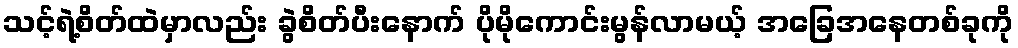
သင့်ရဲ့စိတ်ထဲမှာလည်း ခွဲစိတ်ပီးနောက် ပိုမိုကောင်းမွန်လာမယ့် အခြေအနေတစ်ခုကို